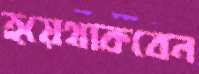
হয়েথাকবেন